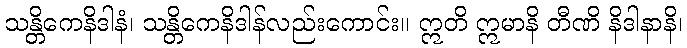
သန္တိကေနိဒါနံ၊ သန္တိကေနိဒါန်လည်းကောင်း။ ဣတိ ဣမာနိ တီဏိ နိဒါနာနိ၊